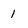
Character: l